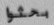
بحثوا